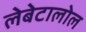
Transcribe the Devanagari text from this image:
लेबेटालोल